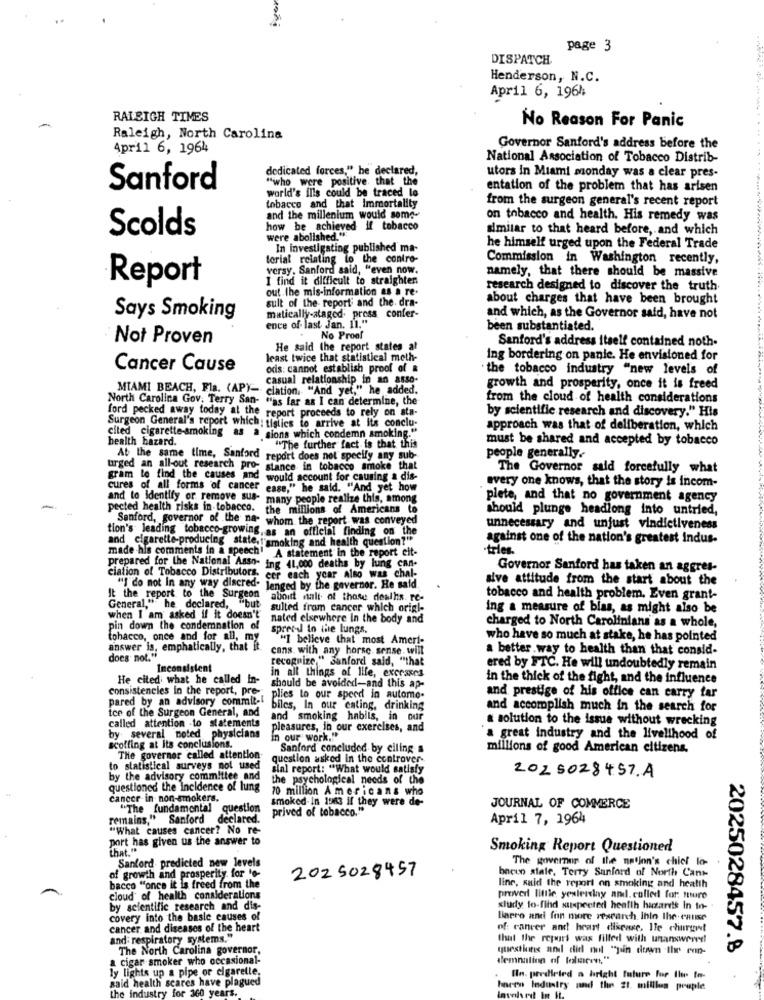
page 3
DISPATCH
Henderson, N.C.
April 6, 1964
RALEIGH TIMES
No Reason For Panic
Raleigh, North Carolina
April 6, 1964
Governor Sanford's address before the
National Association of Tobacco Distrib-
dedicated forces," he declared,
"who were positive. that the
utors in Miami monday was a clear pres-
Sanford
world's ills could be traced lo
entation of the problem that has arisen
from the surgeon general's recent report
tobacco and that immortality
and the millenium would some-
on tobacco and health. His remedy was
Scolds
how be achieved if tobacco
similar to that heard before, and which
were abolished."
In investigating published ma-
he himself urged upon the Federal Trade
torial relating to the contro-
Commission in Washington recently,
versy. Sanford said, "even now.
namely, that there should be massive
Report
I find it difficult to straighten
out the mis-information as a re-
research designed to discover the truth
sult of the report and the dra-
about charges that have been brought
matically-ataged. press confer-
Says Smoking
ence of last Jan. 11."
and which, as the Governor said, have not
been substantiated.
Not Proven
No Proof
Sanford's address itself contained noth-
He said the report states at
least twice that statistical moth-
ing bordering on panic. He envisioned for
Cancer Cause
odis: cannot establish proof of &
the tobacco industry "new levels of
casual relationship in an asso-
MIAMI BEACH, Fla. (AP)-
ciation. "And yet," he added.
growth and prosperity, once it is freed
North Carolina Gov. Terry San- "as far as I can determine, the
from the cloud of health considerations
by scientific research and discovery." His
ford pecked away today at the report proceeds to rely on sta-
Surgeon General's report which: tiglics to arrive at its conclu-
approach was that of deliberation, which
cited cigarette-smoking as a sions which condemn smoking."
health hazard.
must be shared and accepted by tobacco
"The further fact is that this
At the same time, Sanford report does not specify any sub-
people generally.
urged an all-out research pro- stance in tobacco smoke that
The Governor said forcefully what
gram lo find the causes and
would account for causing a dis-
cures of all forms of cancer
esse," he said. "And yet how
every one knows, that the story is incom-
and to Identify or remove sus-
many people realize this, among
plete, and that no government agency
pected health risks in tobacco.
the millions of Americans to
should plunge headlong into untried,
Sanford, governor of the na-
whom the report was conveyed
tion's leading tobacco-growing,
.as an official finding on the
unnecessary and unjust vindictiveness
and cigarette-producing state."'smoking and health question?"
against one of the nation's greatest indus-
made his comments in a speech"
A statement in the report eit-
-trles
prepared for the National Asso- ing 41.000 deaths by lung can-
Governor Sanford has taken an aggres-
ciation of Tobacco Distributors. cer each year Also was chal-
sive attitude from the start about the
"] do not In any way discred. lenged by the governor. He said.
It the report to the Surgeon
aboitt salt of those dealhs. re-
tobacco and health problem. Even grant-
General," he declared, "but
sulted from cancer which origk-
ing a measure of blas, as might also be
when I am asked if it doesn't
nated elsewhere In the body and
pin down the condemnation of
spree- in the lungs.
charged to North Carolinians as a whole,
tobacco, once and for all, my
"I believe that most Ameri-
who have so much at stake, he has pointed
answer is, emphatically, that it
cans. with any horse sense. will
a better.way to health than that consid-
does not."
recognize " sanford said, "that
Inconsistent
in all things of life, excesses
ered by FTC. He will undoubtedly remain
He cited; what he called in-
in the thick of the fight, and the influence
consistencies in the report, pre-
should be avoided-and this ap-
pared by an advisory commit-
plies to our speed in autome-
and prestige of his office can carry tar
tce of the Surgeon General, and
biles, In our cating, drinking
and accomplish much in the search for
called attention -to statements
and smoking habils, in our
a solution to the issue without wrecking
pleasures, in our exercises, and
Koffing at its conclusions.
by several noted physicians
in our work."
a great industry and the livelihood of
Sanford concluded by ciling s
millions of good American citizens.
The governor called attention
question asked in the controver-
statistical surveys not used
sial report: "What would satisfy
2025028457.A
by the advisory committee and
the psychological needs of the
questioned the incidence of lung
cancer in non-smokers.
70 million Americans who
smoked- In 1963 if they were de-
"The fundamental question
prived of tobacco."
JOURNAL OF COMMERCE
remains," Sanford declared.
April 7, 1964
"What causes cancer? No re-
port has given us the answer to
that."
Smoking Report Questioned
The governor of the nation's chief lo-
Sanford predicted new levels
2025028457
bneun stale. Terry Sanford of North Cant
of growth and prosperity. for to-
bacco "once it is freed from the
line, said the report on smoking and health
cloud of health considerations
prever little yesterday and. culled for ture
by scientific research and dis-
xludy to-find suspected health husarets In to-
covery into the basle causes of
Binero and fon more research. Ihin the cause
cancer and diseases of the heart
of cancer and heart disease. Ile churget
and: respiratory systems."
that the report was filled with unanswered!
The North Carolina governor.
questions and did not "pin down the con-
2025028457.8
cigar smoker who occasional-
demnation of foliaren,"
ly lights up a pipe or cigarette.
said health scares have plagued
Iln. predicted a bright future for the for-
the industry for 360 years.
hacen Industry and the 21. millis peuple